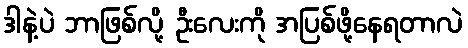
ဒါနဲ့ပဲ ဘာဖြစ်လို့ ဦးလေးကို အပြစ်ဖို့နေရတာလဲ